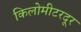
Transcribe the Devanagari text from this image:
किलोमीटरदूर